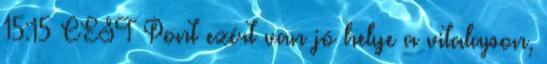
15:15 CEST Pont ezért van jó helye a vitalapon,